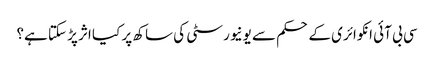
سی بی آئی انکوائری کے حکم سے یونیورسٹی کی ساکھ پر کیا اثر پڑ سکتا ہے؟